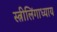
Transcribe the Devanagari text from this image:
स्त्रीलिंगाध्याय